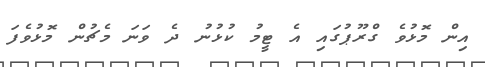
އިން މޮޅުވެ ގްރޫޕުގައި އެ ޓީމު ކުޅުނު ދެ ވަނަ މެޗުން މޮޅުވެފަ